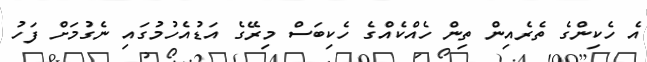
އެ ހެކިންގެ ތެރެއިން ތިން ހެއްކެއްގެ ހެކިބަސް މިރޭގެ އަޑުއެހުމުގައި ނެގުމަށް ފަހު